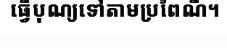
ធ្វើបុណ្យទៅតាមប្រពៃណី។